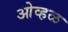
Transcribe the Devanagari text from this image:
ओव्हळ